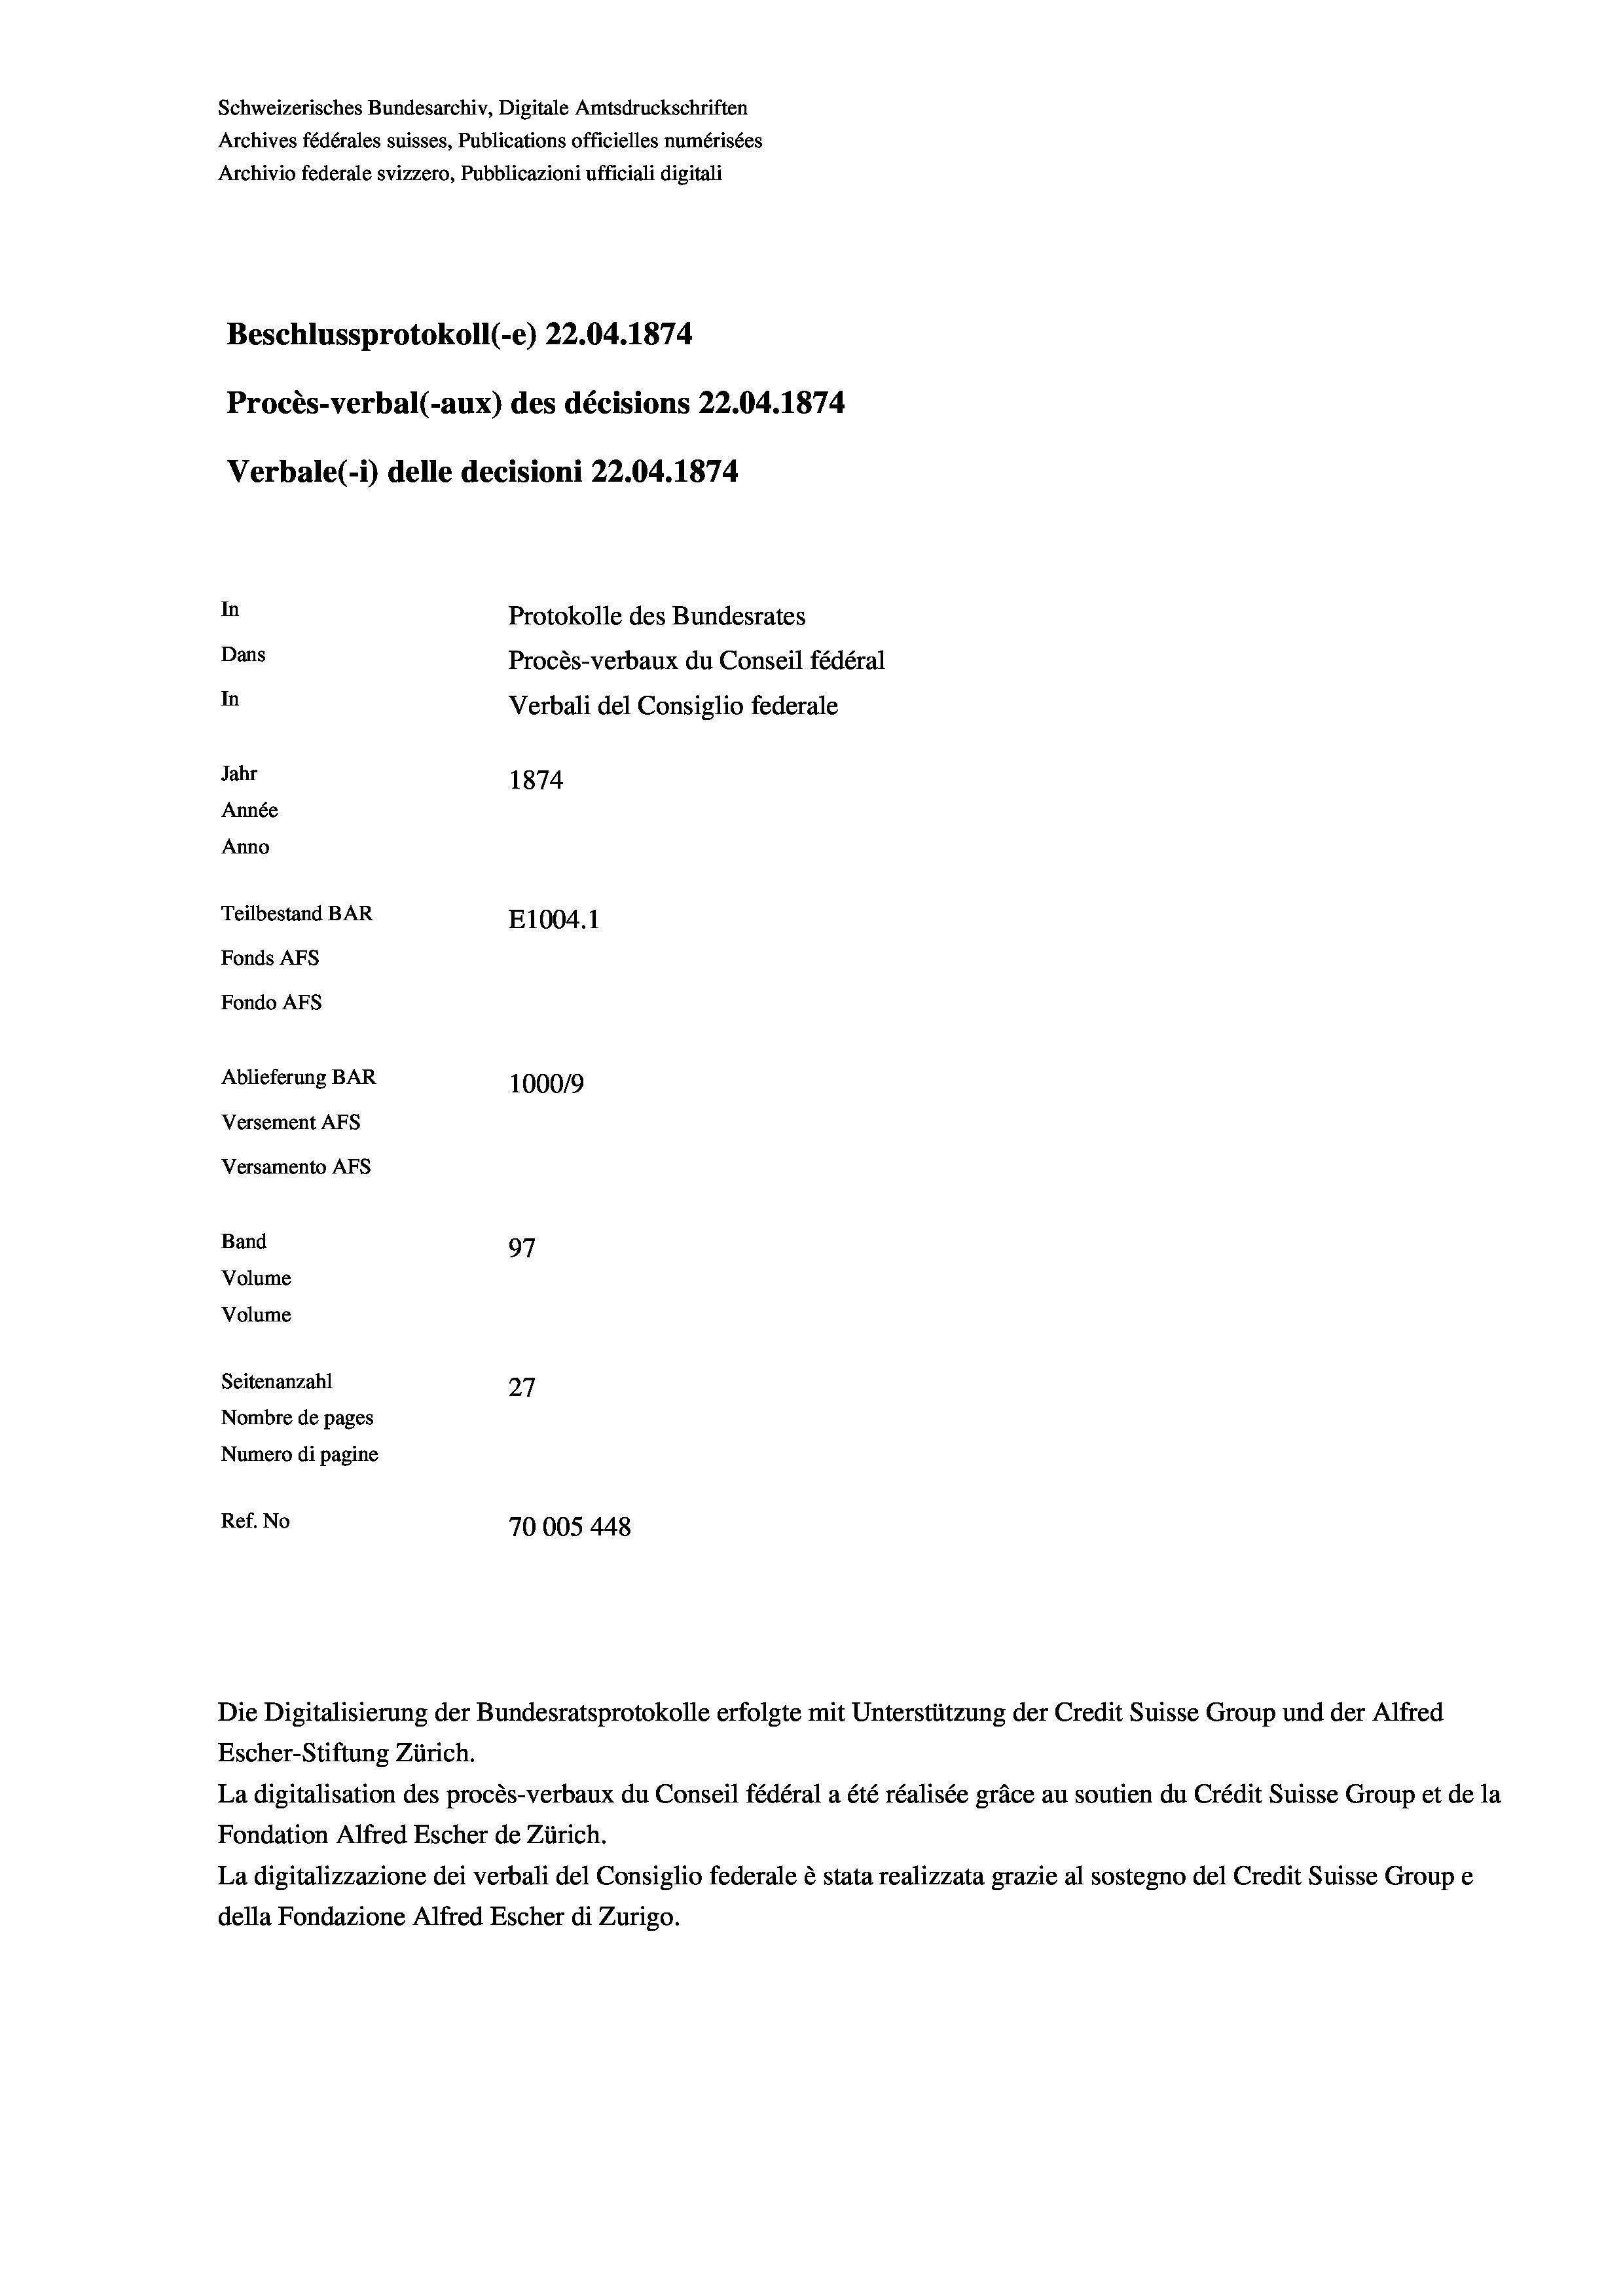
Schweizerisches Bundesarchiv, Digitale Amtsdruckschriften
Archives fédérales suisses, Publications officielles numérisées
Archivio federale svizzero, Pubblicazioni ufficiali digitali
Beschlussprotokoll (-e) 22.04. 1874
Procès-verbal (-aux) des décisions 22.04. 1874
Verbale (i) delle decisioni 22.04. 1874
In
Protokolle des Bundesrates
Dans
Procès-verbaux du Conseil fédéral
In
Verbali del Consiglio federale
Jahr
1874
Année
Anno
Teilbestand BAR
E1004.1
Fonds AFs
Fondo AFs
Ablieferung BAR
100019
Versement Abs
Versamento AFs

97
Seitenanzahl
27
Nombre de pages
Numero di pagine
Ref. No
70005 448

Band
Volume
Volume

Die Digitalisierung der Bundesratsprotokolle erfolgte mit Unterstützung der Credit Suisse Group und der Alfred
Escher-Stiftung Zürich.
La digitalisation des procès-verbaux du Conseil fédéral a été réalisée gräce au soutien du Crédit Suisse Group et de la
Fondation Alfred Escher de Zürich.
La digitalizzazione dei verbali del Consiglio federale è stata realizzata grazie al sostegno del Credit Suisse Groupe
della Fondazione Alfred Escher di Zurigo.